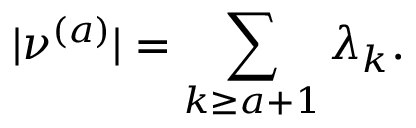
| \nu ^ { ( a ) } | = \sum _ { k \geq a + 1 } \lambda _ { k } .